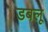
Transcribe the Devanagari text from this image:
डबलू